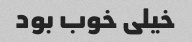
خیلی خوب بود